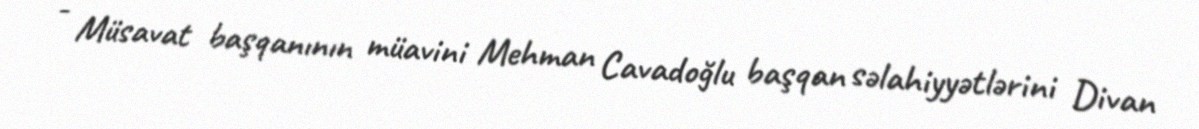
- Müsavat başqanının müavini Mehman Cavadoğlu başqan səlahiyyətlərini Divan